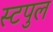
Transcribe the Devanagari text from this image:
स्टपुल